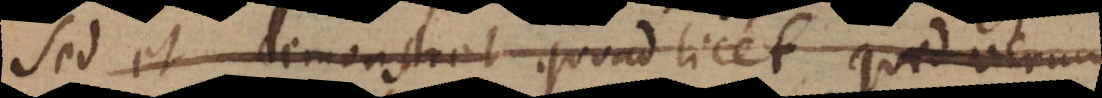
sed et demonstret quoad licet quid verum